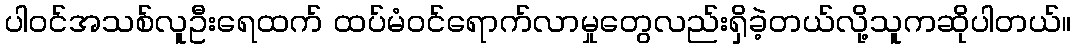
ပါဝင်အသစ်လူဦးရေထက် ထပ်မံဝင်ရောက်လာမှုတွေလည်းရှိခဲ့တယ်လို့သူကဆိုပါတယ်။